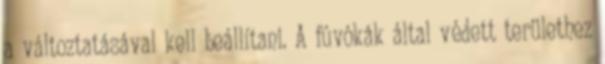
a változtatásával kell beállítani. A fúvókák által védett területhez